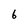
Character: 6